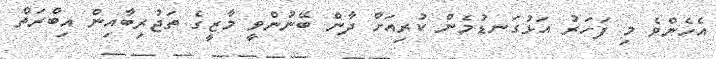
އެހެންވެ މި ފަހަރު އަޅުގަނޑުމެން ކުރިއަށް ދާން ބޭނުންވީ މާޒީގެ ތަޖުރިބާއިން އިބްރަތް